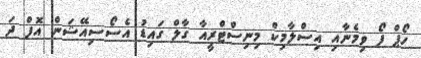
ހޯޕް ފޯ ވިމެނާއި އިސްލާމިކް މިނިސްޓްރީއާ ގާލް ގައިޑު އެސޯސިއޭޝަން އޮފް ދަ